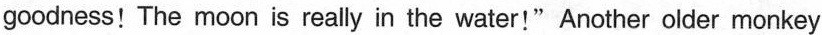
goodness! The moon is really in the water!"Another older monkey